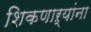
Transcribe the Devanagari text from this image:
शिकणाऱ्यांना